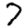
Digit: 7